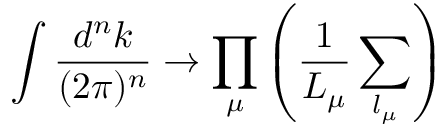
\int \frac { d ^ { n } k } { ( 2 \pi ) ^ { n } } \rightarrow \prod _ { \mu } \left( \frac { 1 } { L _ { \mu } } \sum _ { l _ { \mu } } \right)